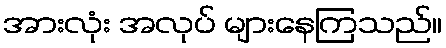
အားလုံး အလုပ် များနေကြသည်။